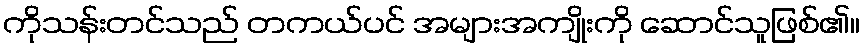
ကိုသန်းတင်သည် တကယ်ပင် အများအကျိုးကို ဆောင်သူဖြစ်၏။